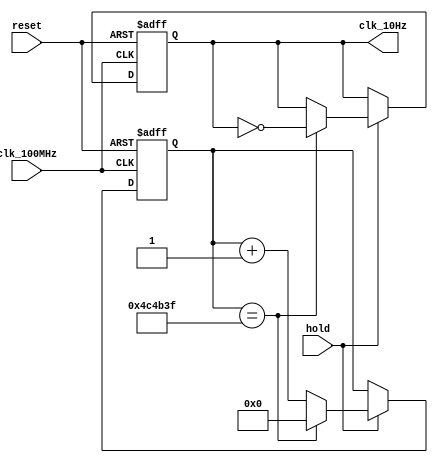
`timescale 1ns / 1ps
//////////////////////////////////////////////////////////////////////////////////
// Youtube Reference: FPGA Discovery How to Control 7-Segment Displays on Basys3 FPGA using Verilog in Vivado
// Authored by: David J Marion
// Published by: David J Marion
// Design Name: 
// Module Name: hundredHz_gen
// Project Name: 
// Target Devices: 
// Tool Versions: 
// Description: 
// 
// Dependencies: 
// 
// Revision:
// Revision 0.01 - File Created
// Additional Comments:
// 
//////////////////////////////////////////////////////////////////////////////////

//Converts 100MHZ clock to 10HZ clock
module tenHz_gen( input clk_100MHz, input reset, output clk_10Hz, input hold); 

reg [22:00] ctr_reg =0; // 22 bits to cover 5 000 000 half periods
reg clk_out_reg =0; //register to hold high/low for half period

always @(posedge clk_100MHz or posedge reset) begin
    if(reset) begin //reset state
        ctr_reg <=0;
        clk_out_reg <=0;
    end
    
    else begin 
    if(hold) begin
        if(ctr_reg == 4_999_999) begin //if we reach 4_999 999 cycles invert to create 10Hz clock
            ctr_reg<=0;
            clk_out_reg<= ~clk_out_reg;
        end
        
        else begin
            ctr_reg<=ctr_reg +1; //else count register
        end
        end
    end
end

assign clk_10Hz = clk_out_reg; //assign module clock to output
            
endmodule